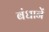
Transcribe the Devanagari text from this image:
बंधानें